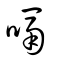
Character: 嗝